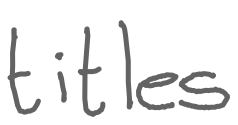
Text: titles
Cross-out: clean
Writing tool: digital_gray